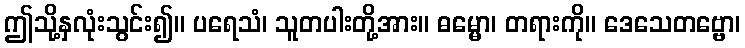
ဤသို့နှလုံးသွင်း၍။ ပရေသံ၊ သူတပါးတို့အား။ ဓမ္မော၊ တရားကို။ ဒေသေတဗ္ဗော၊